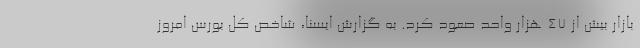
بازار بیش از ۴۷ هزار واحد صعود کرد. به گزارش ایسنا، شاخص کل بورس امروز